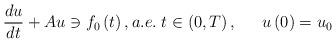
LaTeX: \begin{align*}\frac{du}{dt}+Au\ni f_{0}\left( t\right) ,a.e.\;t\in\left(0,T\right) ,\;\;\;\quad\!\!u\left( 0\right) =u_{0} \end{align*}